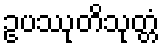
ဥပဿုတိသုတ္တံ